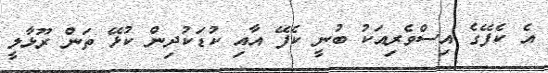
އެ ކެފޭގެ އިސްވެރިއަކު ބުނީ ކެފޭ އާއި ކުޑަކުދިން ކުޅޭ ތަން ރޫޅާލީ